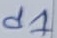
Text: d1